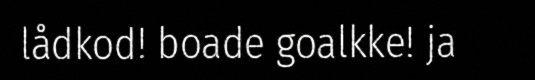
lådkod! boade goalkke! ja